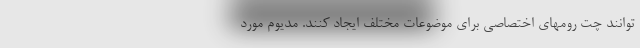
توانند چت رومهای اختصاصی برای موضوعات مختلف ایجاد کنند. مدیوم مورد